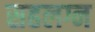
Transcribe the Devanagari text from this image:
सहलग्न